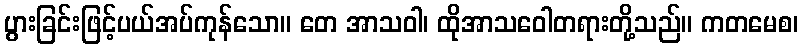
ပွားခြင်းဖြင့်ပယ်အပ်ကုန်သော။ တေ အာသဝါ၊ ထိုအာသဝေါတရားတို့သည်။ ကတမေစ၊